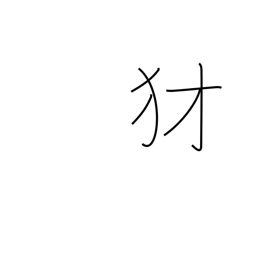
Meaning: mean